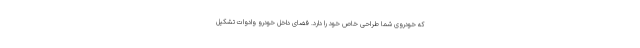
که خودروی شما طراحی خاص خود را دارد. فضای داخل خودرو وادوات تشکیل